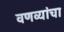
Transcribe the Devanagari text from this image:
वणव्यांचा